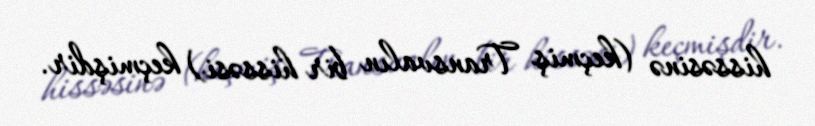
hissəsinə (keçmiş Transvalın bir hissəsi) keçmişdir.